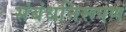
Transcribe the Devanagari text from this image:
संबंधनिरूपण